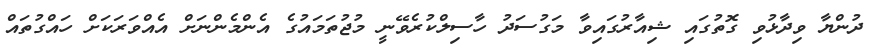
ދުންޔާ ވިދާޅުވި ގޮތުގައި ޝިއާރުގައިވާ މަގުސަދު ހާސިލްކުރެވޭނީ މުޖުތަމައުގެ އެންމެންނަށް އެއްވަރަކަށް ހައްގުތައް